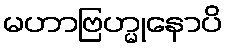
မဟာဗြဟ္မုနောပိ